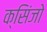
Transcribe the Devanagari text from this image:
क्सिंजो